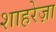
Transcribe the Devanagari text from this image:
शाहरेज़ा